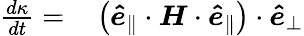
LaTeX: \begin{array}{rl}{\frac{d\kappa}{dt}=}&{{}\left(\boldsymbol{\hat{e}}_{\parallel}\cdot\boldsymbol{H}\cdot\boldsymbol{\hat{e}}_{\parallel}\right)\cdot\boldsymbol{\hat{e}}_{\perp}}\end{array}